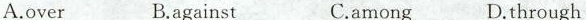
A.over B.against C.among D.through